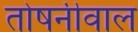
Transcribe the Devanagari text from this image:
तोषनीवाल